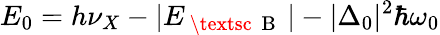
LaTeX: E_{0}=h\nu_{X}-|E_{\mathrm{~\textsc~{~B~}~}}|-|\Delta_{0}|^{2}\hbar\omega_{0}